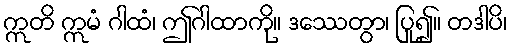
ဣတိ ဣမံ ဂါထံ၊ ဤဂါထာကို။ ဒဿေတွာ၊ ပြု၍။ တဒါပိ၊